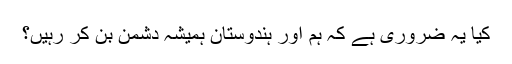
کیا یہ ضروری ہے کہ ہم اور ہندوستان ہمیشہ دشمن بن کر رہیں؟